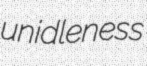
unidleness